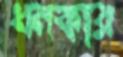
ধনকার